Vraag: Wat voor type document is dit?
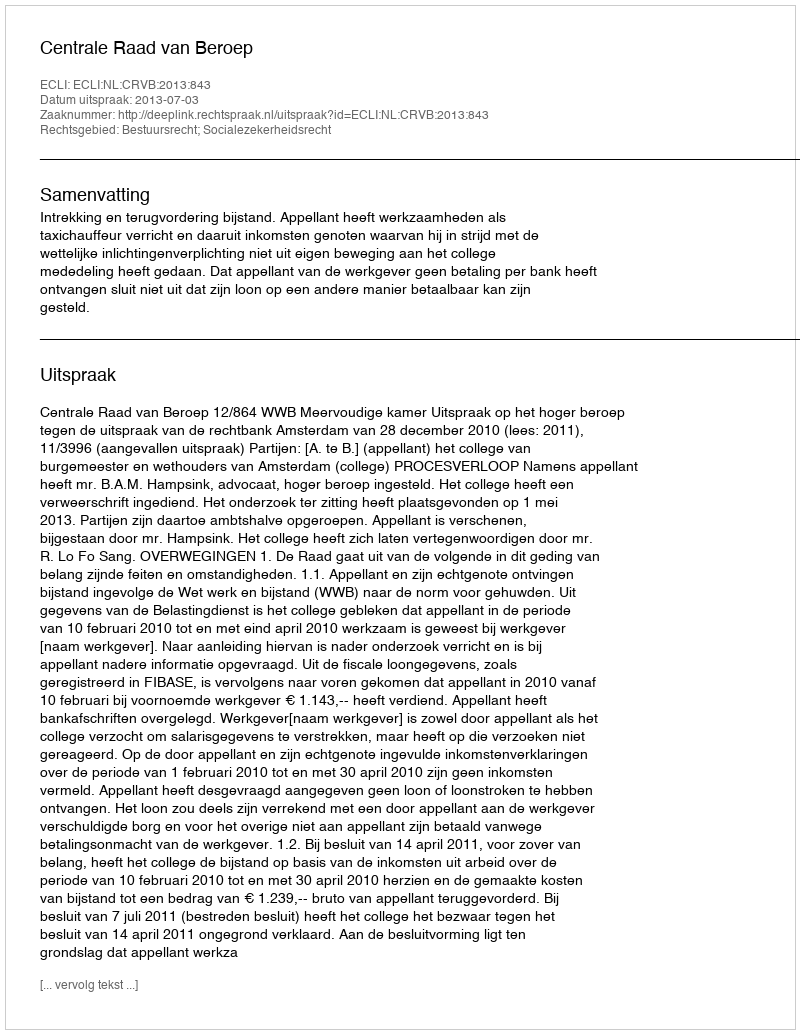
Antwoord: Uitspraak